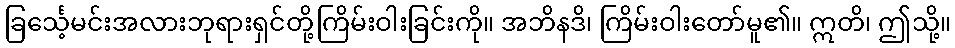
ခြင်္သေ့မင်းအလားဘုရားရှင်တို့ကြိမ်းဝါးခြင်းကို။ အဘိနဒိ၊ ကြိမ်းဝါးတော်မူ၏။ ဣတိ၊ ဤသို့။